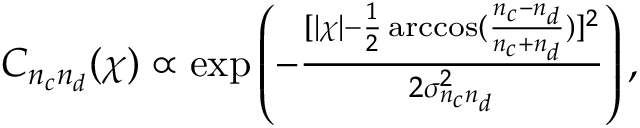
\begin{array} { r } { C _ { n _ { c } n _ { d } } ( \chi ) \propto \exp \left( - \frac { [ | \chi | - \frac { 1 } { 2 } \operatorname { a r c c o s } ( \frac { n _ { c } - n _ { d } } { n _ { c } + n _ { d } } ) ] ^ { 2 } } { 2 \sigma _ { n _ { c } n _ { d } } ^ { 2 } } \right) , } \end{array}